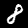
Label: 8